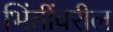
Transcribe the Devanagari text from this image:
भिंतींवरील